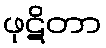
ဖုဋိတာ